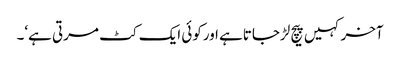
آخرکہیں پیچ لڑجاتاہے اورکوئی ایک کٹ مرتی ہے‘۔